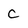
Character: c